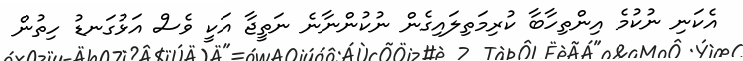
އެކަނި ނުކުމެ އިންތިހާބާ ކުރިމަތިލައިގެން ނުކުންނާނެ ނަތީޖާ އަކީ ވެސް އަޅުގަނޑު ހިތުން